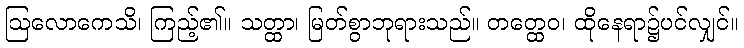
ဩလောကေသိ၊ ကြည့်၏။ သတ္ထာ၊ မြတ်စွာဘုရားသည်။ တတ္ထေဝ၊ ထိုနေရာ၌ပင်လျှင်။